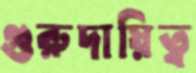
গুরুদায়িত্ব